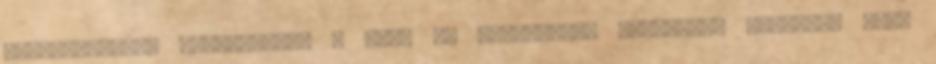
ellenjegyzési feladatokat a Jogi és Igazgatási Főosztály vezetője vagy